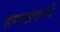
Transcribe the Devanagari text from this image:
हमलावारों